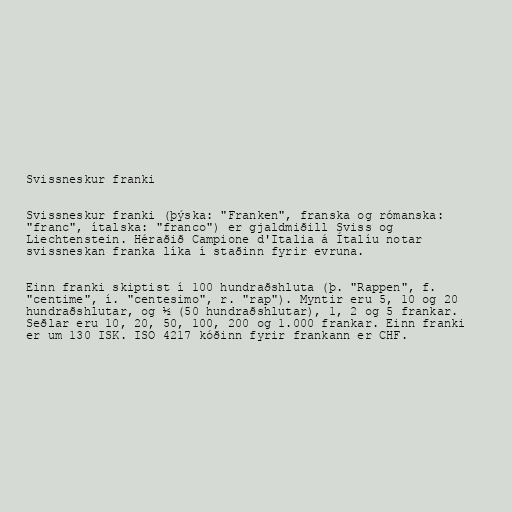
Svissneskur franki

Svissneskur franki (þýska: "Franken", franska og rómanska:
"franc", ítalska: "franco") er gjaldmiðill Sviss og
Liechtenstein. Héraðið Campione d'Italia á Ítalíu notar
svissneskan franka líka í staðinn fyrir evruna.

Einn franki skiptist í 100 hundraðshluta (þ. "Rappen", f.
"centime", í. "centesimo", r. "rap"). Myntir eru 5, 10 og 20
hundraðshlutar, og ½ (50 hundraðshlutar), 1, 2 og 5 frankar.
Seðlar eru 10, 20, 50, 100, 200 og 1.000 frankar. Einn franki
er um 130 ISK. ISO 4217 kóðinn fyrir frankann er CHF.